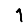
Digit: 1